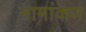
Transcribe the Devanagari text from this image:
नामांकण